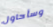
وسأحاول